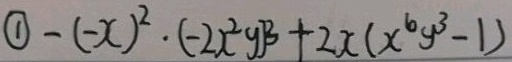
\textcircled { 1 } - ( - x ) ^ { 2 } \cdot ( - 2 x ^ { 2 } y ) ^ { 3 } + 2 x ( x ^ { 6 } y ^ { 3 } - 1 )